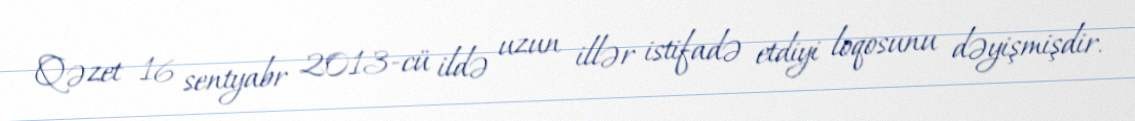
Qəzet 16 sentyabr 2013-cü ildə uzun illər istifadə etdiyi loqosunu dəyişmişdir.